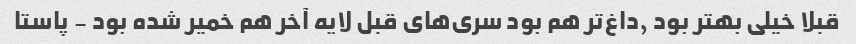
قبلا خیلی بهتر بود ,داغ‌تر هم بود سری‌های قبل لایه آخر هم خمیر شده بود - پاستا